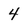
Character: 4